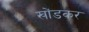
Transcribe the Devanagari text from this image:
खोंडकर